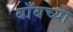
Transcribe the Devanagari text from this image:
बाँबच्या